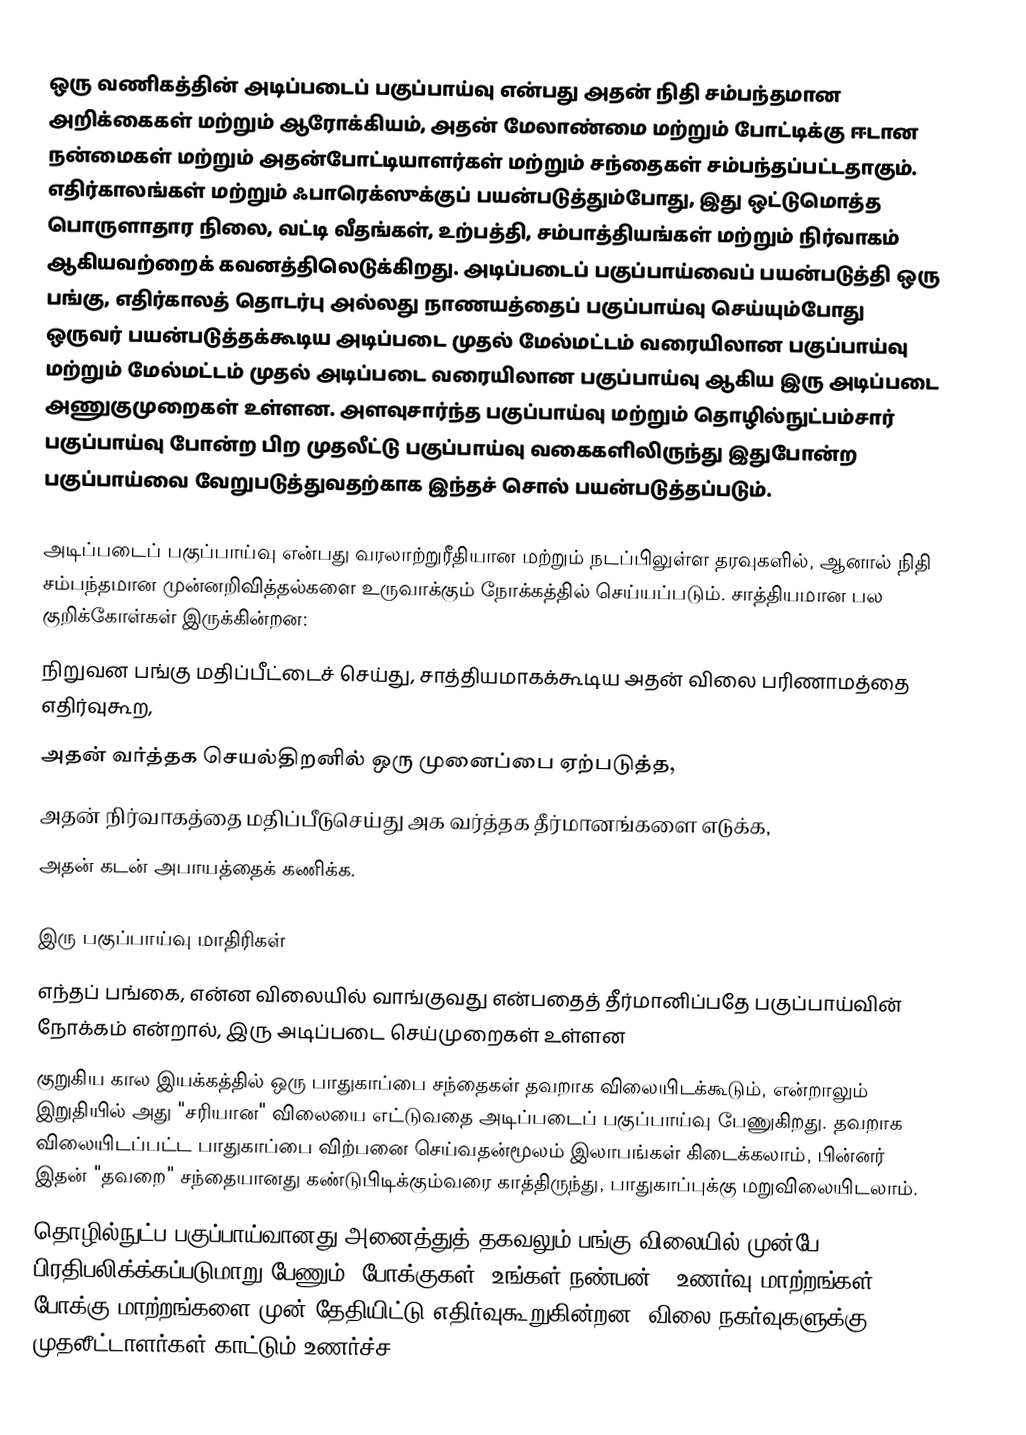
ஒரு வணிகத்தின் அடிப்படைப் பகுப்பாய்வு  என்பது அதன் நிதி சம்பந்தமான அறிக்கைகள் மற்றும் ஆரோக்கியம், அதன் மேலாண்மை மற்றும் போட்டிக்கு ஈடான நன்மைகள் மற்றும் அதன்போட்டியாளர்கள் மற்றும் சந்தைகள் சம்பந்தப்பட்டதாகும். எதிர்காலங்கள் மற்றும் ஃபாரெக்ஸுக்குப் பயன்படுத்தும்போது, இது ஒட்டுமொத்த பொருளாதார நிலை, வட்டி வீதங்கள், உற்பத்தி, சம்பாத்தியங்கள் மற்றும் நிர்வாகம் ஆகியவற்றைக் கவனத்திலெடுக்கிறது. அடிப்படைப் பகுப்பாய்வைப் பயன்படுத்தி ஒரு பங்கு, எதிர்காலத் தொடர்பு அல்லது நாணயத்தைப் பகுப்பாய்வு செய்யும்போது ஒருவர் பயன்படுத்தக்கூடிய அடிப்படை முதல் மேல்மட்டம் வரையிலான பகுப்பாய்வு மற்றும் மேல்மட்டம் முதல் அடிப்படை வரையிலான பகுப்பாய்வு ஆகிய இரு அடிப்படை அணுகுமுறைகள் உள்ளன. அளவுசார்ந்த பகுப்பாய்வு மற்றும் தொழில்நுட்பம்சார் பகுப்பாய்வு போன்ற பிற முதலீட்டு பகுப்பாய்வு வகைகளிலிருந்து இதுபோன்ற பகுப்பாய்வை வேறுபடுத்துவதற்காக இந்தச் சொல் பயன்படுத்தப்படும்.

அடிப்படைப் பகுப்பாய்வு என்பது வரலாற்றுரீதியான மற்றும் நடப்பிலுள்ள தரவுகளில், ஆனால் நிதி சம்பந்தமான முன்னறிவித்தல்களை உருவாக்கும் நோக்கத்தில் செய்யப்படும். சாத்தியமான பல குறிக்கோள்கள் இருக்கின்றன:
 நிறுவன பங்கு மதிப்பீட்டைச் செய்து, சாத்தியமாகக்கூடிய அதன் விலை பரிணாமத்தை எதிர்வுகூற,
 அதன் வர்த்தக செயல்திறனில் ஒரு முனைப்பை ஏற்படுத்த,
 அதன் நிர்வாகத்தை மதிப்பீடுசெய்து அக வர்த்தக தீர்மானங்களை எடுக்க,
 அதன் கடன் அபாயத்தைக் கணிக்க.

இரு பகுப்பாய்வு மாதிரிகள்
எந்தப் பங்கை, என்ன விலையில் வாங்குவது என்பதைத் தீர்மானிப்பதே பகுப்பாய்வின் நோக்கம் என்றால், இரு அடிப்படை செய்முறைகள் உள்ளன
குறுகிய கால இயக்கத்தில் ஒரு பாதுகாப்பை சந்தைகள் தவறாக விலையிடக்கூடும், என்றாலும் இறுதியில் அது "சரியான" விலையை எட்டுவதை அடிப்படைப் பகுப்பாய்வு பேணுகிறது. தவறாக விலையிடப்பட்ட பாதுகாப்பை விற்பனை செய்வதன்மூலம் இலாபங்கள் கிடைக்கலாம், பின்னர் இதன் "தவறை" சந்தையானது கண்டுபிடிக்கும்வரை காத்திருந்து, பாதுகாப்புக்கு மறுவிலையிடலாம்.
தொழில்நுட்ப பகுப்பாய்வானது அனைத்துத் தகவலும் பங்கு விலையில் முன்பே பிரதிபலிக்க்கப்படுமாறு பேணும். போக்குகள் 'உங்கள் நண்பன்', உணர்வு மாற்றங்கள் போக்கு மாற்றங்களை முன் தேதியிட்டு எதிர்வுகூறுகின்றன. விலை நகர்வுகளுக்கு முதலீட்டாளர்கள் காட்டும் உணர்ச்ச